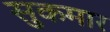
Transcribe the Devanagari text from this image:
सुकमार